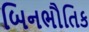
બિનભૌતિક